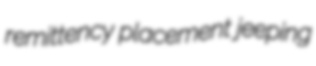
remittency placement jeeping